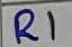
Text: R1